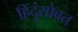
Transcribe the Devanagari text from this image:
हिंदूंसोबत